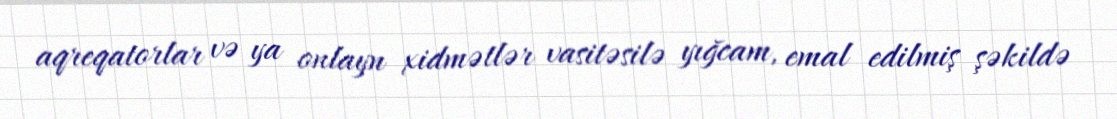
aqreqatorlar və ya onlayn xidmətlər vasitəsilə yığcam, emal edilmiş şəkildə